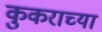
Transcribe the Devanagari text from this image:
कुकराच्या